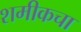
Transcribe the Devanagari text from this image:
शमीकचा